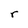
Character: r